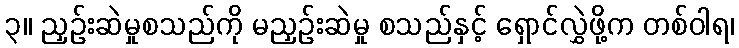
၃။ ညှဉ်းဆဲမှုစသည်ကို မညှဉ်းဆဲမှု စသည်နှင့် ရှောင်လွှဲဖို့က တစ်ဝါရ၊